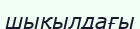
шықылдағы